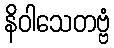
နိဝါသေတဗ္ဗံ